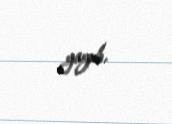
yayıb.